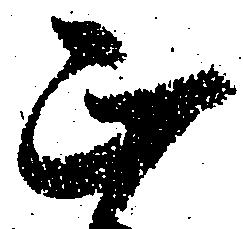
正